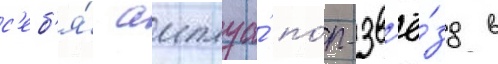
с'еб'я́ амплуа́ по́п-зв'ё́зд в